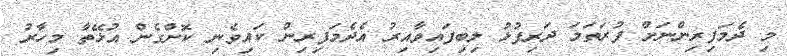
މި ދެމަފިރިންނަށް ފުރަތަމަ ދަރިފުޅު ލިބިފައިވާއިރު އެދެމަފިރިން ކައިވެނި ކޮށްގެން އުޅޭތާ މިހާރު